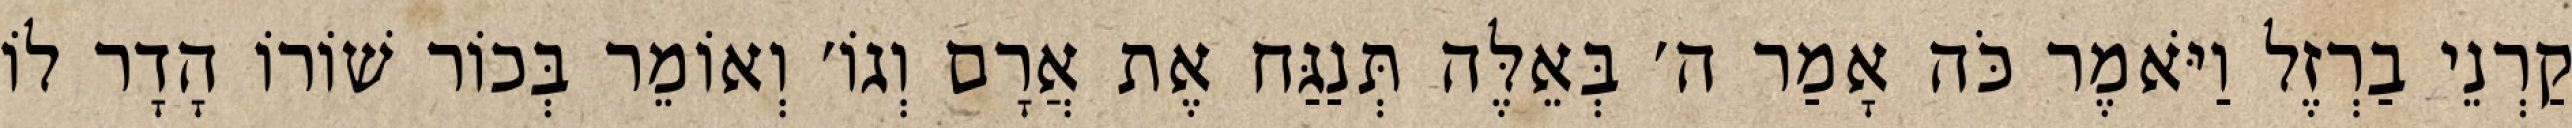
קַרְנֵי בַרְזֶל וַיֹּאמֶר כֹּה אָמַר ה׳ בְּאֵלֶּה תְּנַגַּח אֶת אֲרָם וְגוֹ׳ וְאוֹמֵר בְּכוֹר שׁוֹרוֹ הָדָר לוֹ